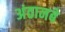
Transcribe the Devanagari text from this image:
अंठानबे